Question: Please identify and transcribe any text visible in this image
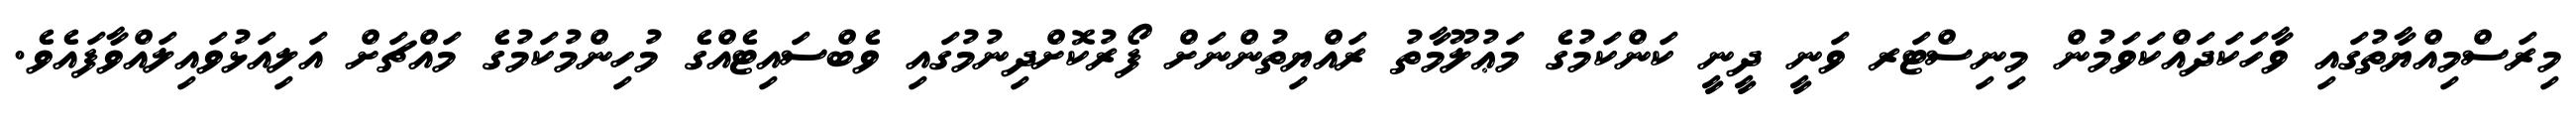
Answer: މިރަސްމިއްޔާތުގައި ވާހަކަދައްކަވަމުން މިނިސްޓަރ ވަނީ ދީނީ ކަންކަމުގެ މަޢުލޫމާތު ރައްޔިތުންނަށް ފޯރުކޮށްދިނުމުގައި ވެބްސައިޓެއްގެ މުހިންމުކަމުގެ މައްޗަށް އަލިއަޅުވައިލައްވާފައެވެ.